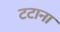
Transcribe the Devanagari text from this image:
टटाना